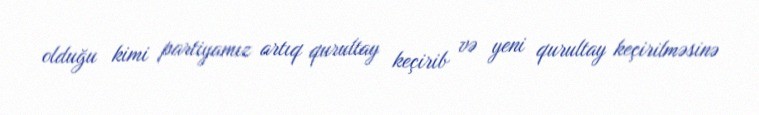
olduğu kimi partiyamız artıq qurultay keçirib və yeni qurultay keçirilməsinə